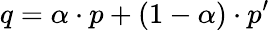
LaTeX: q=\alpha\cdot p+(1-\alpha)\cdot p^{\prime}